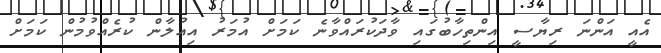
އެއީ އަންނަ ރިޔާސީ އިންތިހާބުގައި ވާދަކުރައްވާނެ ކަމަށް އުމަރު އިއުލާން ކުރެއްވުމުން ކަމަށް